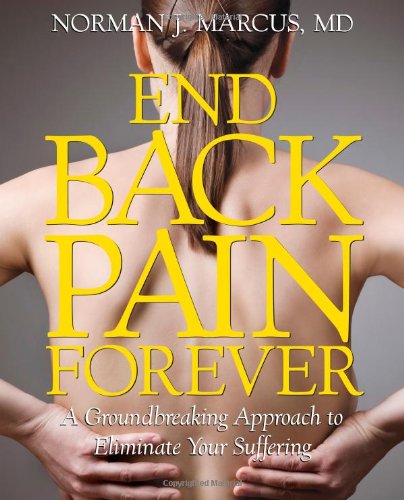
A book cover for End Back Pain Forever: A Groundbreaking Approach to Eliminate Your Suffering; M.D. Norman J. Marcus M.D.; Health, Fitness & Dieting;